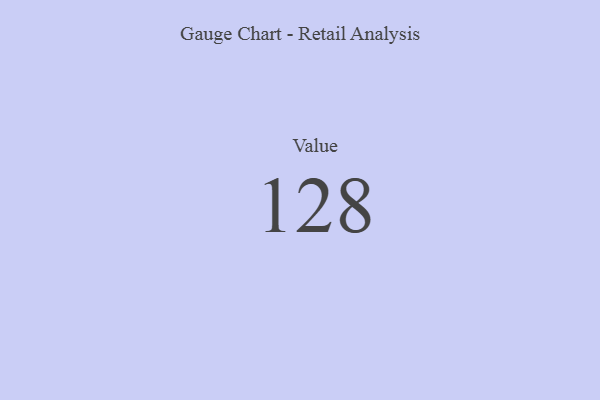
{"axis": {"x": "Metric", "y": "Value"}, "legend": [""], "data": [{"x": "Value", "y": 128, "type": ""}]}